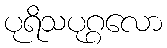
ပုရိသပုဂ္ဂလော